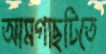
আমগাছটিতে